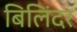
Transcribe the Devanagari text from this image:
बिलिंदर